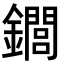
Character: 䥨